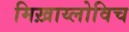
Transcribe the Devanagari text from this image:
मिख़ाय्लोविच